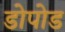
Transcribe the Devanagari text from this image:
डोपोड